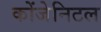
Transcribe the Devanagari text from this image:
कोंजेनिटल